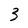
Character: 3